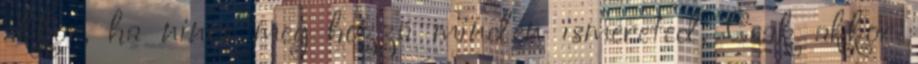
akkor, ha nincs meg hozzá minden ismereted. Csak akkor